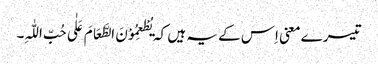
تیسرے معنی اِس کے یہ ہیں کہ یُطْعِمُوْنَ الطَّعَامَ عَلٰی حُبِّ اللّٰہِ۔